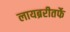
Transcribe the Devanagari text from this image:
लायब्ररीतर्फे